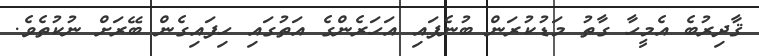
ޤާދިރުބެ އެމީހާ ގާތު މަޑުކުރަން ބުނެފައި އަހަރެންގެ އަތުގައި ހިފައިގެން ބޭރަށް ނުކުތެވެ.